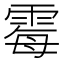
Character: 霉